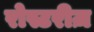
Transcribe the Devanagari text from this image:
रोस्टरीज़